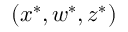
( \boldsymbol { x } ^ { * } , \boldsymbol { w } ^ { * } , z ^ { * } )